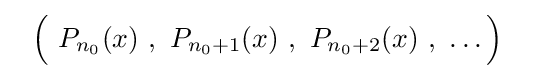
~~{\Bigl (}\ P_{n_{0}}(x)\ ,\ P_{n_{0}+1}(x)\ ,\ P_{n_{0}+2}(x)\ ,\ \ldots {\Bigr )}~~